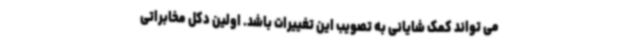
می تواند کمک شایانی به تصویب این تغییرات باشد. اولین دکل مخابراتی